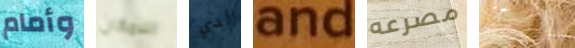
وأمام اللامكان لدي and مصرعه الحاضنة